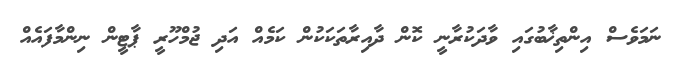
ނަމަވެސް އިންތިޚާބުގައި ވާދަކުރާނީ ކޮން ދާއިރާތަކަކުން ކަމެއް އަދި ޖުމްހޫރީ ޕާޓީން ނިންމާފައެއް